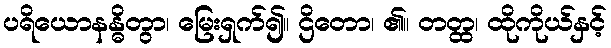
ပရိယောနန္ဓိတွာ၊ မြေးရှက်၍။ ဌိတော၊ ၏။ တတ္ထ၊ ထိုကိုယ်နှင့်